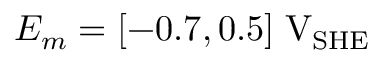
E _ { m } = [ - 0 . 7 , 0 . 5 ] \; \mathrm { V } _ { \mathrm { S H E } }